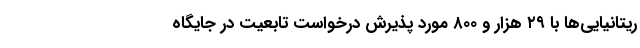
ریتانیایی‌ها با ۲۹ هزار و ۸۰۰ مورد پذیرش درخواست تابعیت در جایگاه